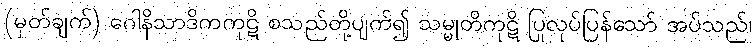
(မှတ်ချက်) ဂေါနိသာဒိကကုဋိ စသည်တို့ပျက်၍ သမ္မုတိကုဋိ ပြုလုပ်ပြန်သော် အပ်သည်၊